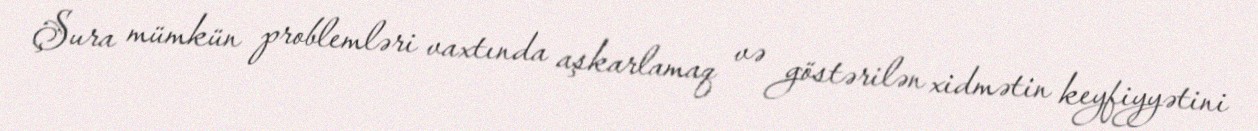
Şura mümkün problemləri vaxtında aşkarlamaq və göstərilən xidmətin keyfiyyətini